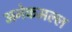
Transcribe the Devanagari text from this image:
अनेकमल्ल